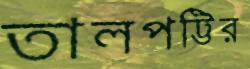
তালপট্টির